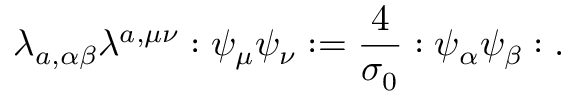
\lambda _ { a , \alpha \beta } \lambda ^ { a , \mu \nu } : \psi _ { \mu } \psi _ { \nu } : = \frac { 4 } { \sigma _ { 0 } } : \psi _ { \alpha } \psi _ { \beta } : .